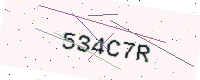
Text: 534C7R